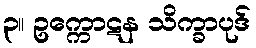
၃။ ဥက္ကောဋန သိက္ခာပုဒ်